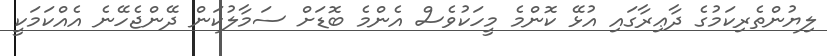
ލިޔުންތެރިކަމުގެ ދާޢިރާގައި އުޅޭ ކޮންމެ މީހަކުވެސް އެންމެ ބޮޑަށް ސަމާލުކަން ދޭންޖެހޭނެ އެއްކަމަކީ